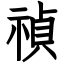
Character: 禎